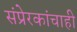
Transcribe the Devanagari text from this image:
संप्रेरकांचाही